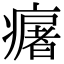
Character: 𤺈